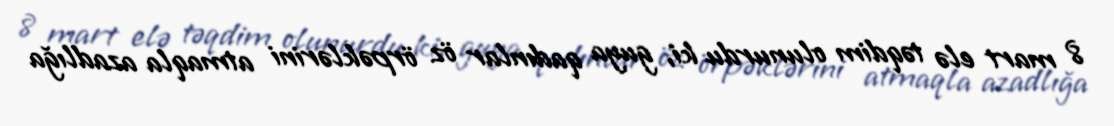
8 mart elə təqdim olunurdu ki, guya qadınlar öz örpəklərini atmaqla azadlığa